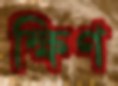
ক্ষিণ